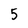
Character: 5